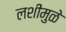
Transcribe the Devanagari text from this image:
लशीमुळे